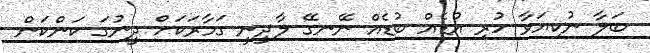
ބަލާ ނުކިޔަވާ ހުރި އުޑެއް ބުޑެއް ނޭނގޭ ލާދީނީ ގަމާރަަކަށް ދީނުގަ ކަންކަން